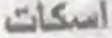
اسكات